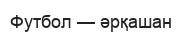
Футбол — әрқашан